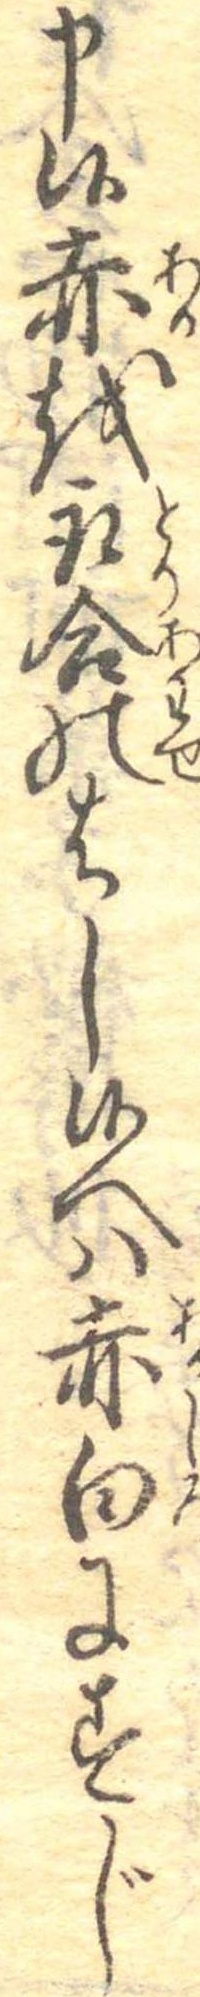
申候赤を取合のはし候へは赤白にすじ